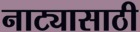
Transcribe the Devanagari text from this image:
नाट्यासाठी